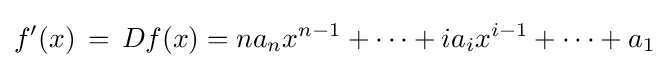
f'(x)\,=\,Df(x)=na_{n}x^{n-1}+\cdots +ia_{i}x^{i-1}+\cdots +a_{1}